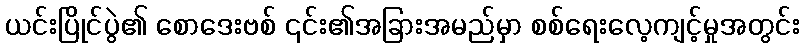
ယင်းပြိုင်ပွဲ၏ စောဒေးဗစ် ၎င်း၏အခြားအမည်မှာ စစ်ရေးလေ့ကျင့်မှုအတွင်း